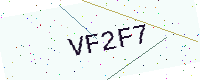
Text: VF2F7